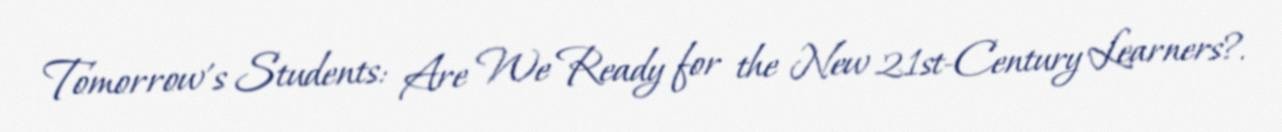
Tomorrow's Students: Are We Ready for the New 21st-Century Learners?.